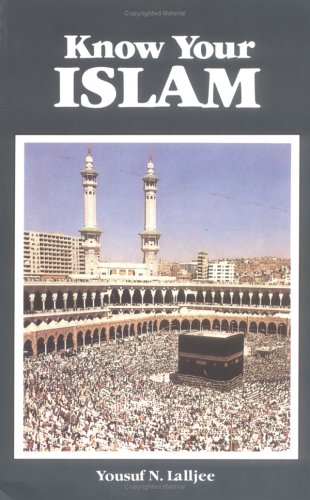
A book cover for Know Your Islam; Yousuf N. Lalljee; Religion & Spirituality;